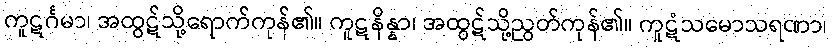
ကူဋင်္ဂမာ၊ အထွဋ်သို့ရောက်ကုန်၏။ ကူဋနိန္နာ၊ အထွဋ်သို့ညွတ်ကုန်၏။ ကူဋံသမောသရဏာ၊